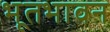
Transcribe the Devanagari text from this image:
भूतभावन